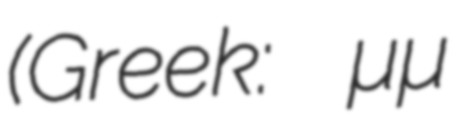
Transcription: (Greek: Σοσιαλιστικό Κόμμα